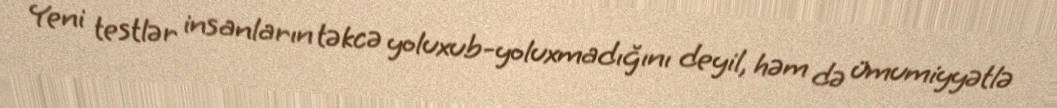
Yeni testlər insanların təkcə yoluxub-yoluxmadığını deyil, həm də ümumiyyətlə